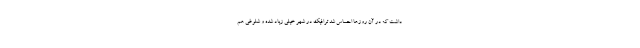
داشت که در آن روزها احساس شد ترافیک در شهر خیلی زیاد شده و شلوغی هم